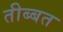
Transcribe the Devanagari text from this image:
तीब्‍बत